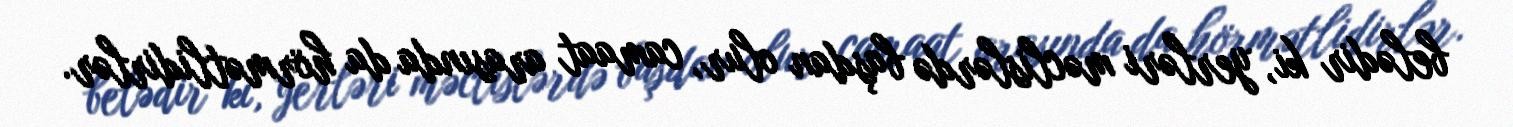
belədir ki, yerləri məclislərdə başdan olur, camaat arasında da hörmətlidirlər.